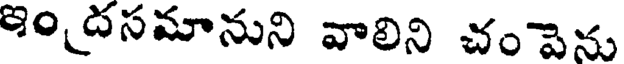
ఇం దసమానుని వాలిని చం పెను